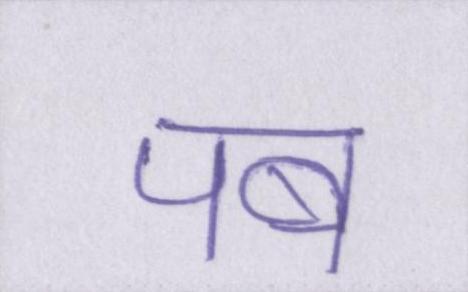
पब